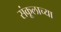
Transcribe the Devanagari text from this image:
संकूलाच्या